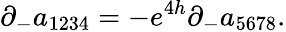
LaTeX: \partial_{-}a_{1234}=-e^{4h}\partial_{-}a_{5678}.